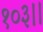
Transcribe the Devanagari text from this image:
१०३।।